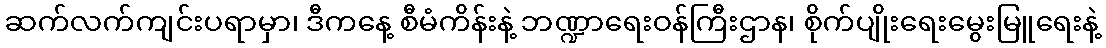
ဆက်လက်ကျင်းပရာမှာ၊ ဒီကနေ့ စီမံကိန်းနဲ့ ဘဏ္ဍာရေးဝန်ကြီးဌာန၊ စိုက်ပျိုးရေးမွေးမြူရေးနဲ့